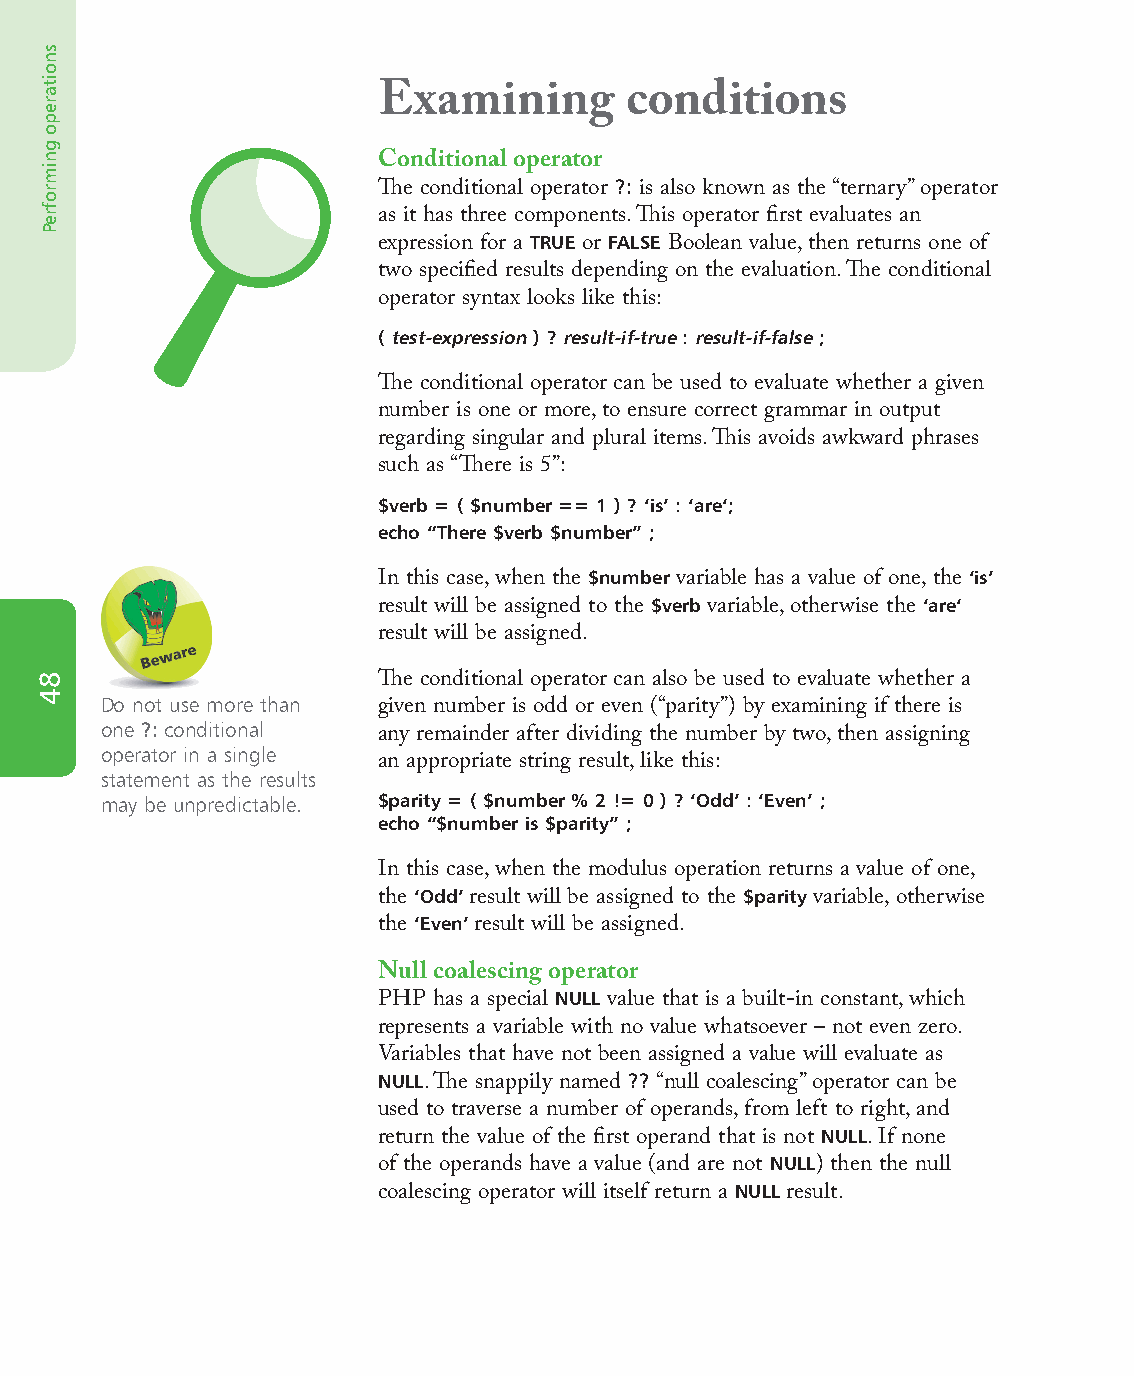
Examining       conditions
 Conditional operator
 ?:
 The conditional operator is also known as the “ternary” operator
 as it has three components. This operator first evaluates an
 TRUE FALSE
 expression for a or Boolean value, then returns one of
 two specified results depending on the evaluation. The conditional
 operator syntax looks like this:
 ( test-expression ) ? result-if-true : result-if-false ;
 The conditional operator can be used to evaluate whether a given
 number is one or more, to ensure correct grammar in output
 regarding singular and plural items. This avoids awkward phrases
 such as “There is 5”:
 $verb = ( $number == 1 ) ? ‘is’ : ‘are‘;
 echo “There $verb $number” ;
 $number                  ‘is’
 In this case, when the variable has a value of one, the
 $verb             ‘are‘
 result will be assigned to the variable, otherwise the
 result will be assigned.
 The conditional operator can also be used to evaluate whether a
 Do not use more than
 given number is odd or even (“parity”) by examining if there is
 one ?: conditional
 any remainder after dividing the number by two, then assigning
 operator in a single
 an appropriate string result, like this:
 statement as the results
 may be unpredictable. $parity = ( $number % 2 != 0 ) ? ‘Odd’ : ‘Even’ ;
 echo “$number is $parity” ;
 In this case, when the modulus operation returns a value of one,
 ‘Odd’                 $parity
 the   result will be assigned to the variable, otherwise
 ‘Even’
 the   result will be assigned.
 Null coalescing operator
 NULL
 PHP has a special value that is a built-in constant, which
 represents a variable with no value whatsoever – not even zero.
 Variables that have not been assigned a value will evaluate as
 NULL             ??
 . The snappily named “null coalescing” operator can be
 used to traverse a number of operands, from left to right, and
 NULL
 return the value of the first operand that is not . If none
 NULL
 of the operands have a value (and are not ) then the null
 NULL
 coalescing operator will itself return a result.
 snoitarepo
 gnimrofreP
 84